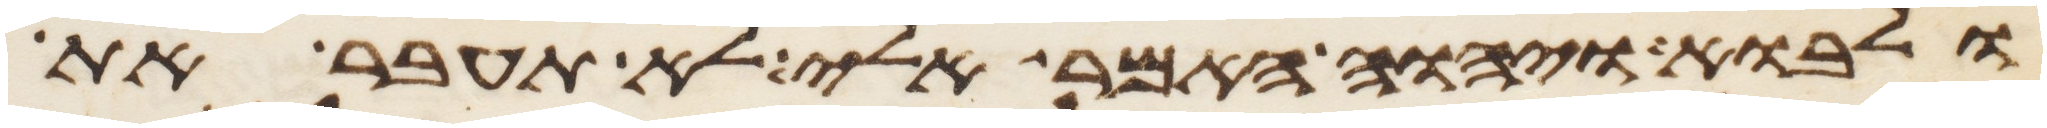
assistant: ולאבוא ויהוה האמר אלי לא תעבר את